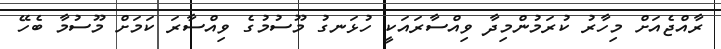
ރާއްޖެއަށް މިހާރު ކުރަމުންމިދާ ވިއްސާރައަކީ ހުޅަނގު މޫސުމުގެ ވިއްސާރަ ކަމަށް މޫސުމާ ބެހޭ